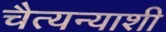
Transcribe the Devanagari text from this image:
चैत्यन्याशी